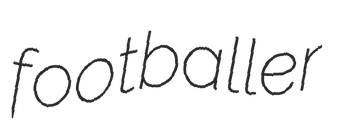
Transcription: footballer